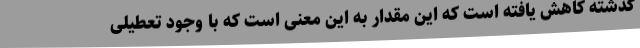
گذشته کاهش یافته است که این مقدار به این معنی ا‌ست که با وجود تعطیلی